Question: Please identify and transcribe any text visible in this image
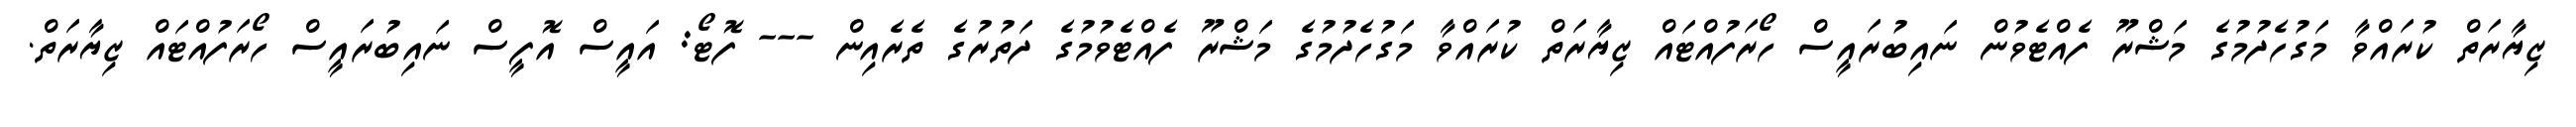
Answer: ޒިޔާރަތް ކުރައްވާ މަގުހެދުމުގެ މަޝްރޫ ފެއްޓެވުން ނައިބުރައީސް ހޯރަފުއްޓައް ޒިޔާރަތް ކުރައްވާ މަގުހެދުމުގެ މަޝްރޫ ފެއްޓެވުމުގެ ދަތުރުގެ ތެރެއިން --- ފޮޓޯ: އައީސް އޮފީސް ނައިބުރައީސް ހޯރަފުއްޓައް ޒިޔާރަތް.